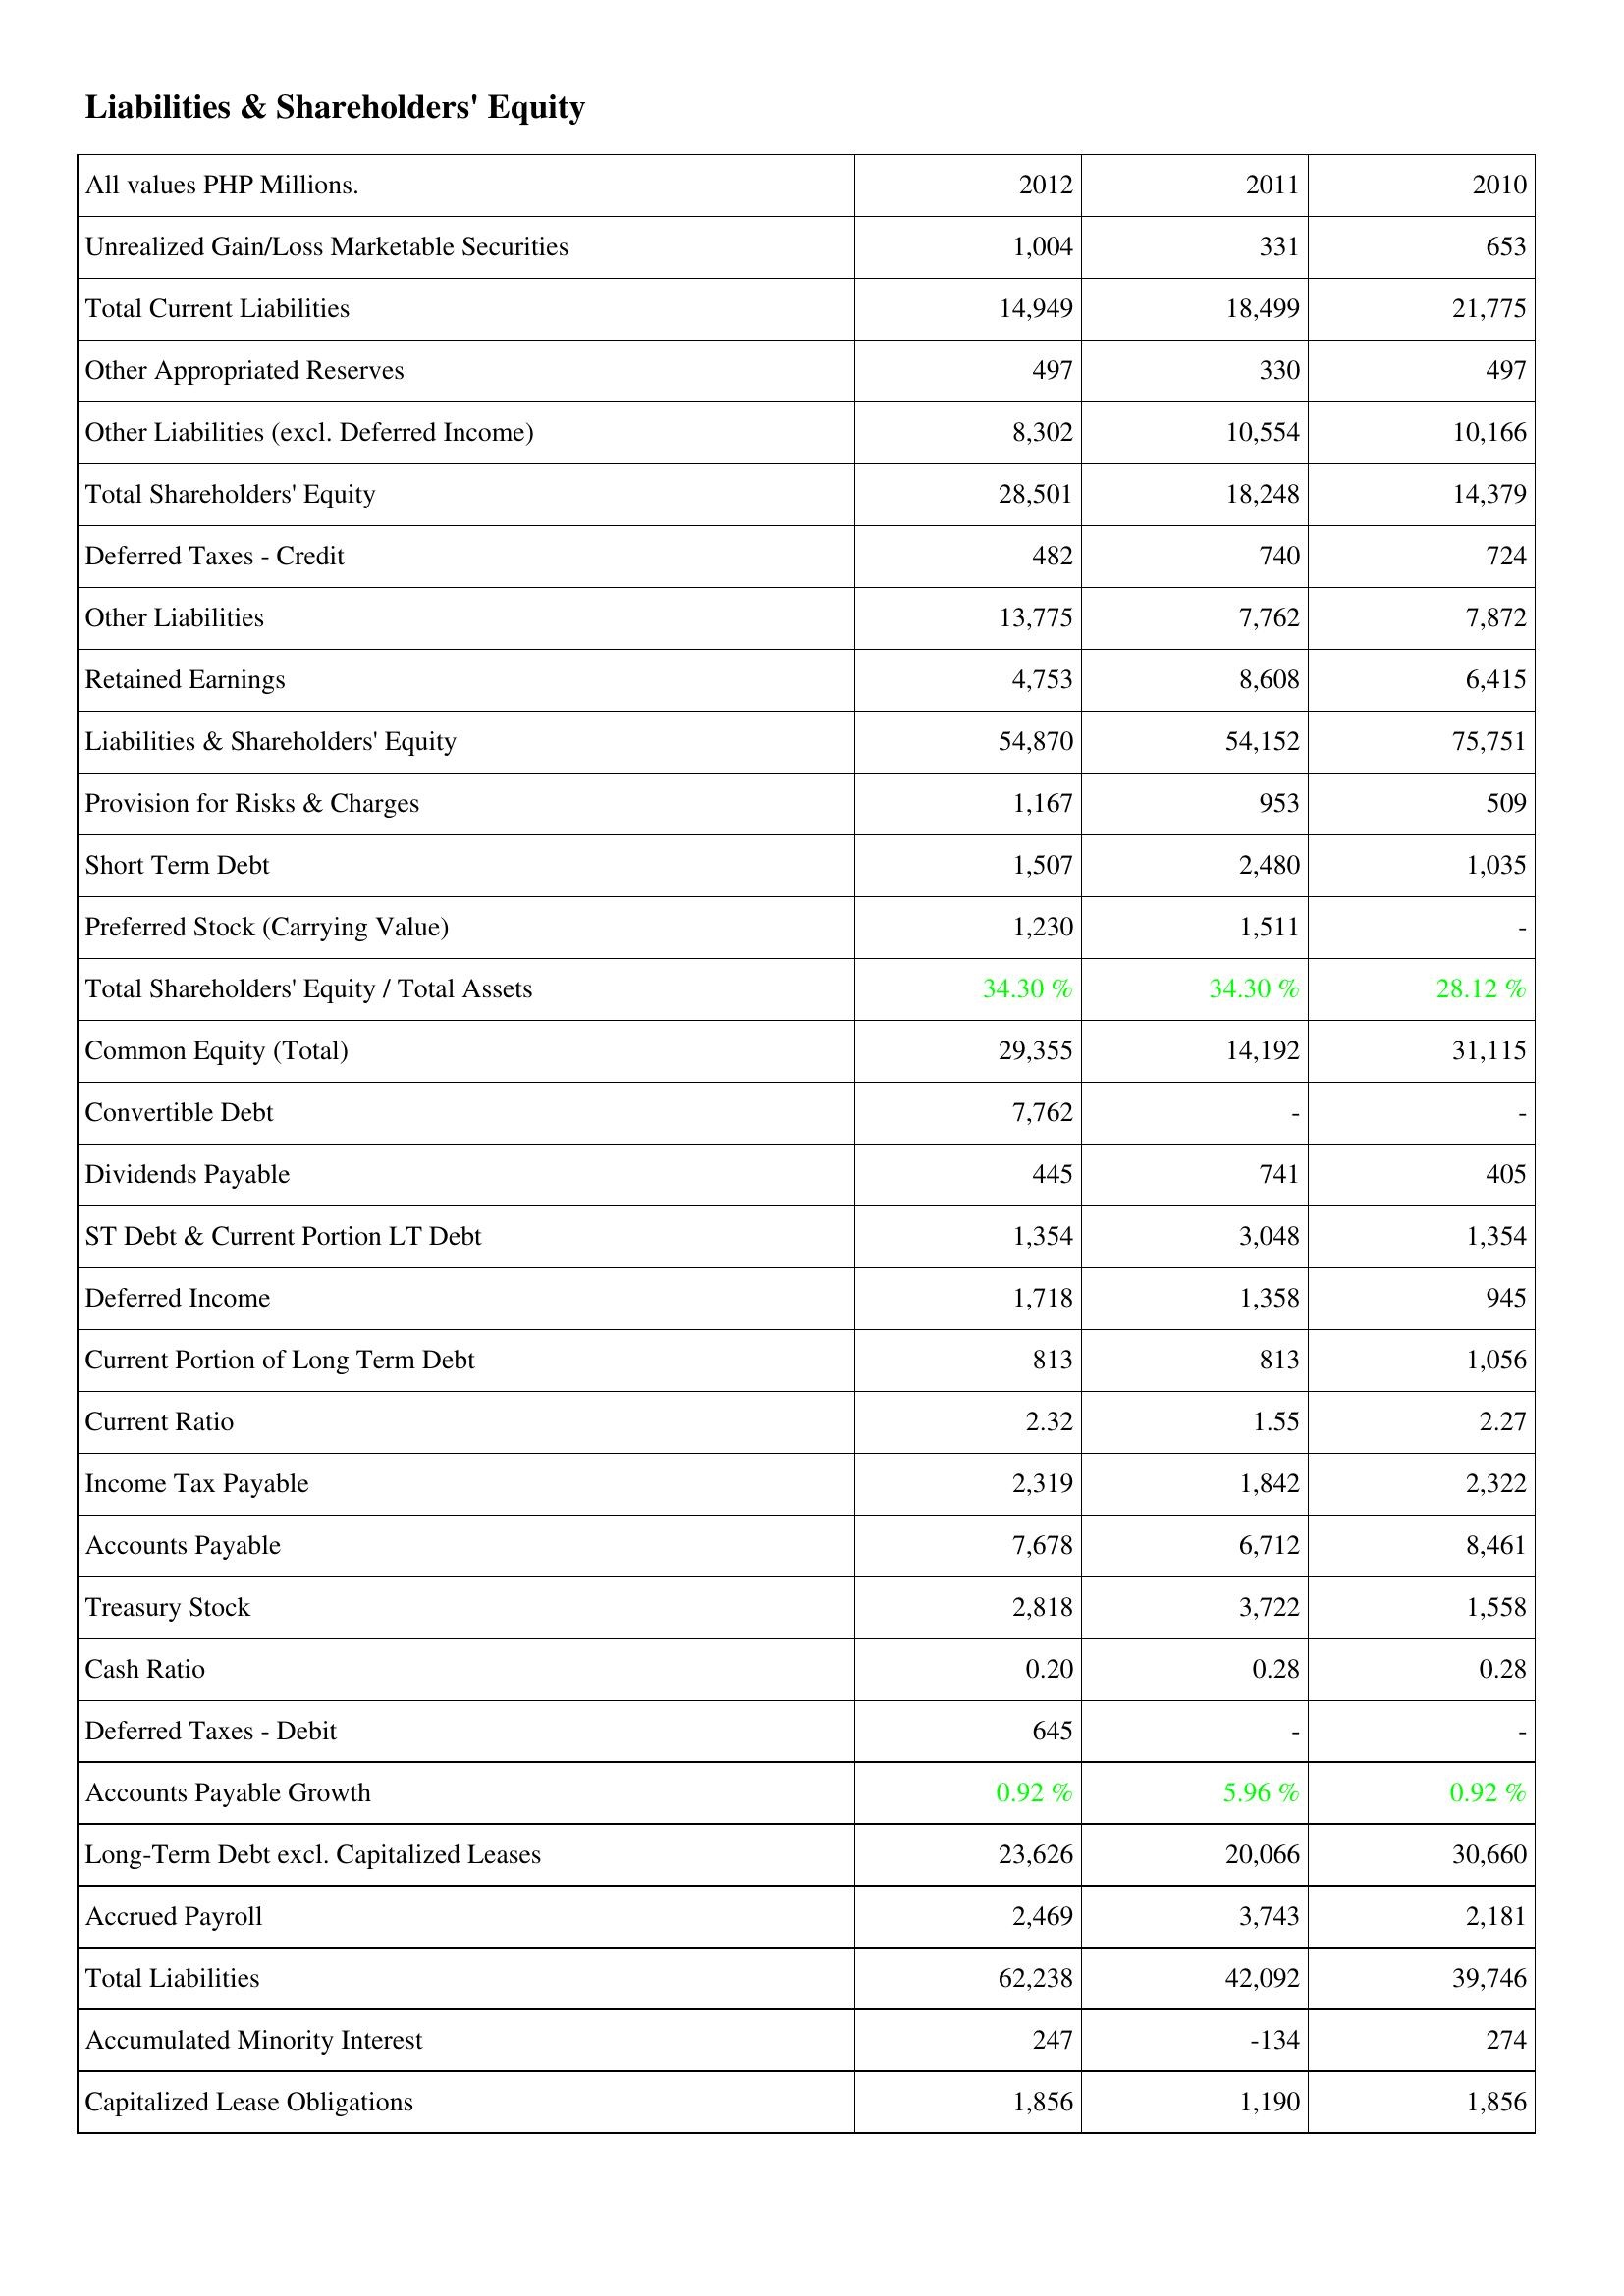
2012: Liabilities & Shareholders' Equity: Unrealized Gain/Loss Marketable Securities: 1,004
Total Current Liabilities: 14,949
Other Appropriated Reserves: 497
Other Liabilities (excl. Deferred Income): 8,302
Total Shareholders' Equity: 28,501
Deferred Taxes - Credit: 482
Other Liabilities: 13,775
Retained Earnings: 4,753
Liabilities & Shareholders' Equity: 54,870
Provision for Risks & Charges: 1,167
Short Term Debt: 1,507
Preferred Stock (Carrying Value): 1,230
Total Shareholders' Equity / Total Assets: 34.30 %
Common Equity (Total): 29,355
Convertible Debt: 7,762
Dividends Payable: 445
ST Debt & Current Portion LT Debt: 1,354
Deferred Income: 1,718
Current Portion of Long Term Debt: 813
Current Ratio: 2.32
Income Tax Payable: 2,319
Accounts Payable: 7,678
Treasury Stock: 2,818
Cash Ratio: 0.20
Deferred Taxes - Debit: 645
Accounts Payable Growth: 0.92 %
Long-Term Debt excl. Capitalized Leases: 23,626
Accrued Payroll: 2,469
Total Liabilities: 62,238
Accumulated Minority Interest: 247
Capitalized Lease Obligations: 1,856
2011: Liabilities & Shareholders' Equity: Unrealized Gain/Loss Marketable Securities: 331
Total Current Liabilities: 18,499
Other Appropriated Reserves: 330
Other Liabilities (excl. Deferred Income): 10,554
Total Shareholders' Equity: 18,248
Deferred Taxes - Credit: 740
Other Liabilities: 7,762
Retained Earnings: 8,608
Liabilities & Shareholders' Equity: 54,152
Provision for Risks & Charges: 953
Short Term Debt: 2,480
Preferred Stock (Carrying Value): 1,511
Total Shareholders' Equity / Total Assets: 34.30 %
Common Equity (Total): 14,192
Convertible Debt: -
Dividends Payable: 741
ST Debt & Current Portion LT Debt: 3,048
Deferred Income: 1,358
Current Portion of Long Term Debt: 813
Current Ratio: 1.55
Income Tax Payable: 1,842
Accounts Payable: 6,712
Treasury Stock: 3,722
Cash Ratio: 0.28
Deferred Taxes - Debit: -
Accounts Payable Growth: 5.96 %
Long-Term Debt excl. Capitalized Leases: 20,066
Accrued Payroll: 3,743
Total Liabilities: 42,092
Accumulated Minority Interest: -134
Capitalized Lease Obligations: 1,190
2010: Liabilities & Shareholders' Equity: Unrealized Gain/Loss Marketable Securities: 653
Total Current Liabilities: 21,775
Other Appropriated Reserves: 497
Other Liabilities (excl. Deferred Income): 10,166
Total Shareholders' Equity: 14,379
Deferred Taxes - Credit: 724
Other Liabilities: 7,872
Retained Earnings: 6,415
Liabilities & Shareholders' Equity: 75,751
Provision for Risks & Charges: 509
Short Term Debt: 1,035
Preferred Stock (Carrying Value): -
Total Shareholders' Equity / Total Assets: 28.12 %
Common Equity (Total): 31,115
Convertible Debt: -
Dividends Payable: 405
ST Debt & Current Portion LT Debt: 1,354
Deferred Income: 945
Current Portion of Long Term Debt: 1,056
Current Ratio: 2.27
Income Tax Payable: 2,322
Accounts Payable: 8,461
Treasury Stock: 1,558
Cash Ratio: 0.28
Deferred Taxes - Debit: -
Accounts Payable Growth: 0.92 %
Long-Term Debt excl. Capitalized Leases: 30,660
Accrued Payroll: 2,181
Total Liabilities: 39,746
Accumulated Minority Interest: 274
Capitalized Lease Obligations: 1,856